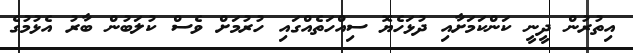
އިތުރުން ދީނީ ކަންކަމަށާއި ދުޅަހެޔޮ ސިއްހަތެއްގައި ހުރުމަށް ވެސް ކުލަބުން ބާރު އެޅުމުގެ